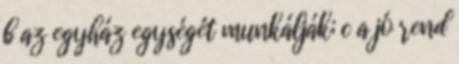
b az egyház egységét munkálják; c a jó rend